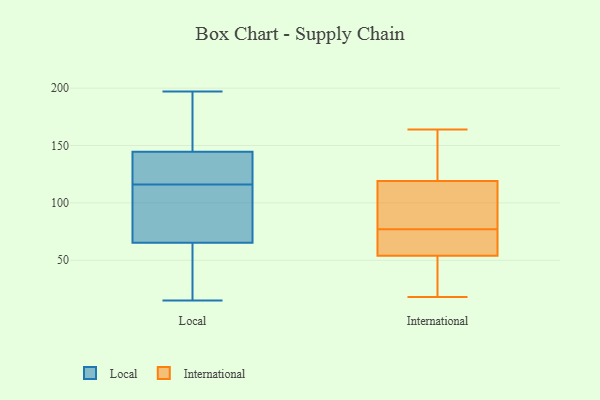
{"axis": {"x": "Gross Profit (USD K)", "y": "Value"}, "legend": ["International", "Local"], "data": [{"x": "", "y": 97, "type": "Local"}, {"x": "", "y": 38, "type": "Local"}, {"x": "", "y": 15, "type": "Local"}, {"x": "", "y": 164, "type": "Local"}, {"x": "", "y": 137, "type": "Local"}, {"x": "", "y": 143, "type": "Local"}, {"x": "", "y": 116, "type": "Local"}, {"x": "", "y": 145, "type": "Local"}, {"x": "", "y": 129, "type": "Local"}, {"x": "", "y": 66, "type": "Local"}, {"x": "", "y": 197, "type": "Local"}, {"x": "", "y": 130, "type": "Local"}, {"x": "", "y": 87, "type": "Local"}, {"x": "", "y": 25, "type": "Local"}, {"x": "", "y": 57, "type": "Local"}, {"x": "", "y": 107, "type": "Local"}, {"x": "", "y": 65, "type": "Local"}, {"x": "", "y": 147, "type": "Local"}, {"x": "", "y": 192, "type": "Local"}, {"x": "", "y": 18, "type": "International"}, {"x": "", "y": 23, "type": "International"}, {"x": "", "y": 69, "type": "International"}, {"x": "", "y": 35, "type": "International"}, {"x": "", "y": 119, "type": "International"}, {"x": "", "y": 163, "type": "International"}, {"x": "", "y": 108, "type": "International"}, {"x": "", "y": 85, "type": "International"}, {"x": "", "y": 164, "type": "International"}, {"x": "", "y": 54, "type": "International"}, {"x": "", "y": 59, "type": "International"}, {"x": "", "y": 59, "type": "International"}, {"x": "", "y": 140, "type": "International"}, {"x": "", "y": 95, "type": "International"}]}